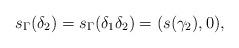
LaTeX: \begin{align*} s_\Gamma(\delta_2)=s_\Gamma(\delta_1\delta_2) = (s(\gamma_2),0),\end{align*}